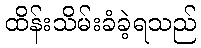
ထိန်းသိမ်းခံခဲ့ရသည်